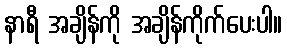
နာရီ အချိန်ကို အချိန်ကိုက်ပေးပါ။